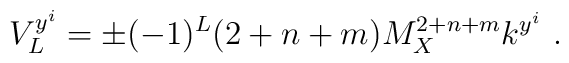
V^{y^i}_{L}= \pm (-1)^L (2+n+m) M_X^{2+n+m} k^{y^i} ~.~\,